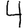
Digit: 4